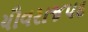
યૌવરાજપદ